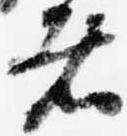
者